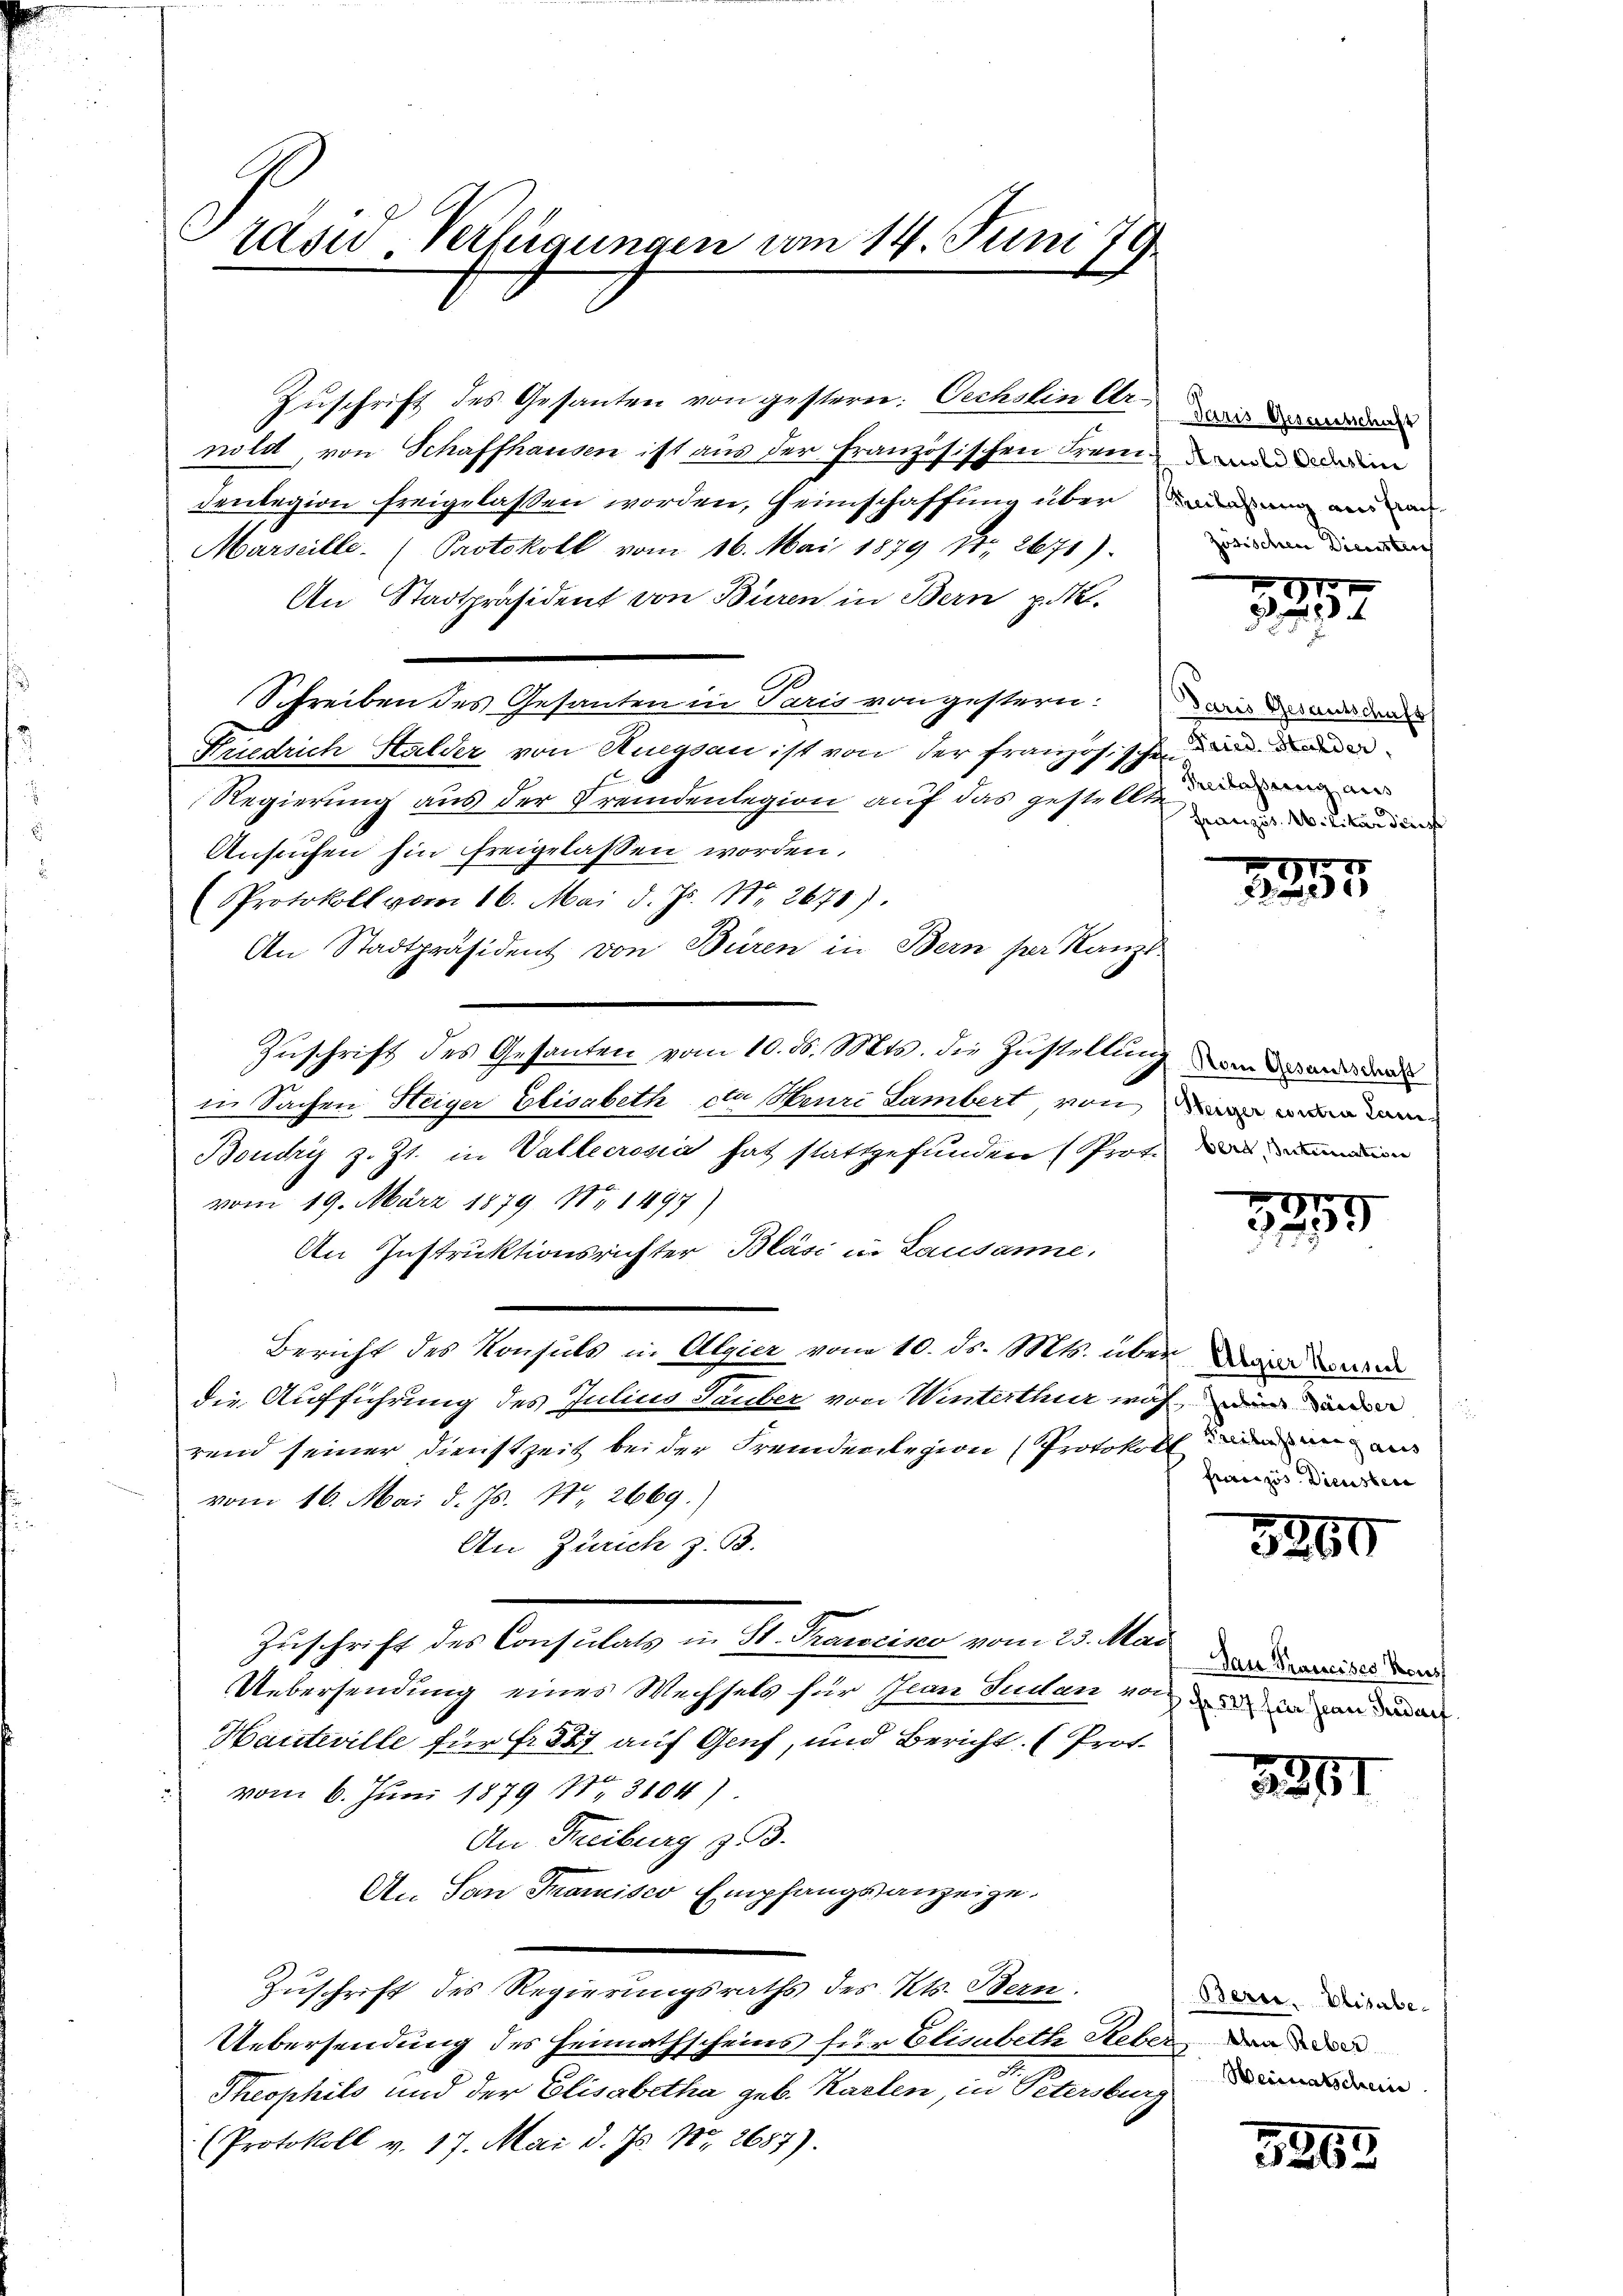
räsid Verfügungen am 14. Juni 19
1

Zuschrift des Gesanten von gestern: Oechslin Ur- de
nold von Schaffhausen ist aus der französischen Freundenen
denlegion freigelassen worden, Heimschaffung über und in an an
Marseille. (Protokoll vom 16. Mai 1879 Nr. 2671).
An Stadtpräsident von Büren in Bern pr.
Schreiben des Gesanten in Paris von gestern: wie das an de
Friedrich Halder von Ruegsau ist von der Französ. schon die
Regierung aus der Fremdenlegion auf das gestellen die
Ansuchen hin freigelassen worden.
Protokoll vom 16. Mai d. Js. Nr. 2671).
An Stadtpräsident von Büren in Bern per Kanzl
Zŭschrift des Gesanten vom 10. ds. Mts. die Zŭstellŭng
in Sachen Heiger Elisabeth cta Henri Lambert von den
Boudry z. Zt. in Vallecrosia hat stattgefunden (Prot.
vom 19. März 1879 No 1497)
An Instruktionsrichter Bläsi in Lausanne.
Bericht des Konsuls in Algier vom 10. ds. Mts. über die
die Aufführung des Julius Tauber von Winterthur wach, wie
rend seiner Dienstzeit bei der Fremdenstegern Protokoll der an e
vom 16. Mai d. Js. Nr. 2669.
An Zürich z. B.
Zuschrift des Consulats in St. Prancisco vom 23. Mai
Uebersendung eines Wechsels für Jean Sudan von den in den an
Haiteville für Fr. 247 auf Genf, und Bericht (Prof.
vom 6. Juni 1879 No 3104).
An Freiburg z.
An San Tramisco Empfangsanzeige.
Zuschrift des Regierungsraths des Kts. Bern.
Uebersendung des Heimathscheins für Elisabeth Reber, der den
Theophils und der Elisabetha geb. Karten, in Petersburg
(Protokoll v. 17. Mai d. Js. Nr. 2687).

zösischen Dienstrich

1
 234

Französ. Militär dirige

1255

Nom Gesantschaft
berantimation

I
25

Freizös. Dienstera

5260

Dan Prancises Haus

211

Bere. Elisabe

3263